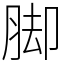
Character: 脚